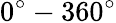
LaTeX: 0^{\circ}-360^{\circ}